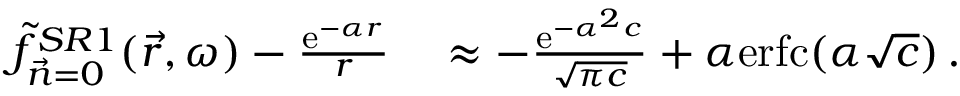
\begin{array} { r l r } { \Tilde { f } _ { \vec { n } = 0 } ^ { S R 1 } ( \vec { r } , \omega ) - \frac { \mathrm { e } ^ { - \alpha r } } { r } } & { { } \approx - \frac { \mathrm { e } ^ { - \alpha ^ { 2 } c } } { \sqrt { \pi c } } + \alpha \mathrm { e r f c } ( \alpha \sqrt { c } ) \, . } & { } \end{array}